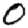
Digit: 0